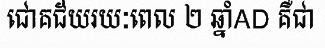
ជោគជ័យរយៈពេល ២ ឆ្នាំAD គឺជា